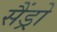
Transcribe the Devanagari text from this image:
सैंड्रो